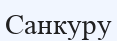
Санкуру